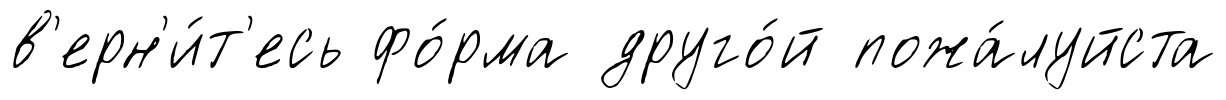
в'ерн'и́т'есь фо́рма друго́й пожа́луйста